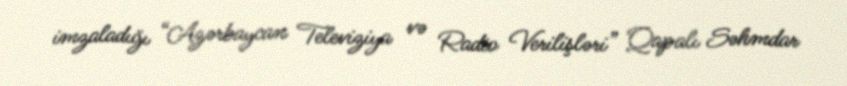
imzaladığı “Azərbaycan Televiziya və Radio Verilişləri” Qapalı Səhmdar